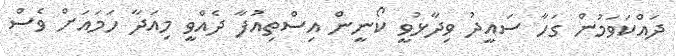
ދައްކަވަމުން ގަހާ ސައީދު ވިދާޅުވީ ކޯނީން އިސްތިއުފާ ދެއްވީ މިއަދާ ހަމައަށް ވެސް